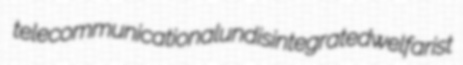
telecommunicational undisintegrated welfarist